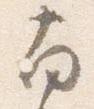
南